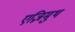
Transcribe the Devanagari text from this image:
एज़िमुथ